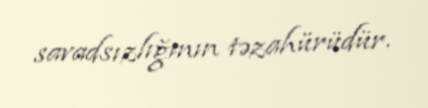
savadsızlığının təzahürüdür.